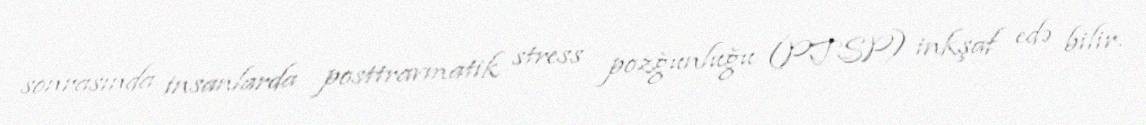
sonrasında insanlarda posttravmatik stress pozğunluğu (PTSP) inkşaf edə bilir.